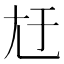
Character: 㝼